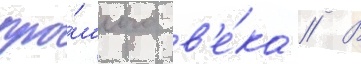
про́шлого в'е́ка // В